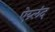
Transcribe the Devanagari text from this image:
ऐय्र्लंद